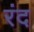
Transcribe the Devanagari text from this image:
रंद